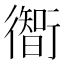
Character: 𫋰